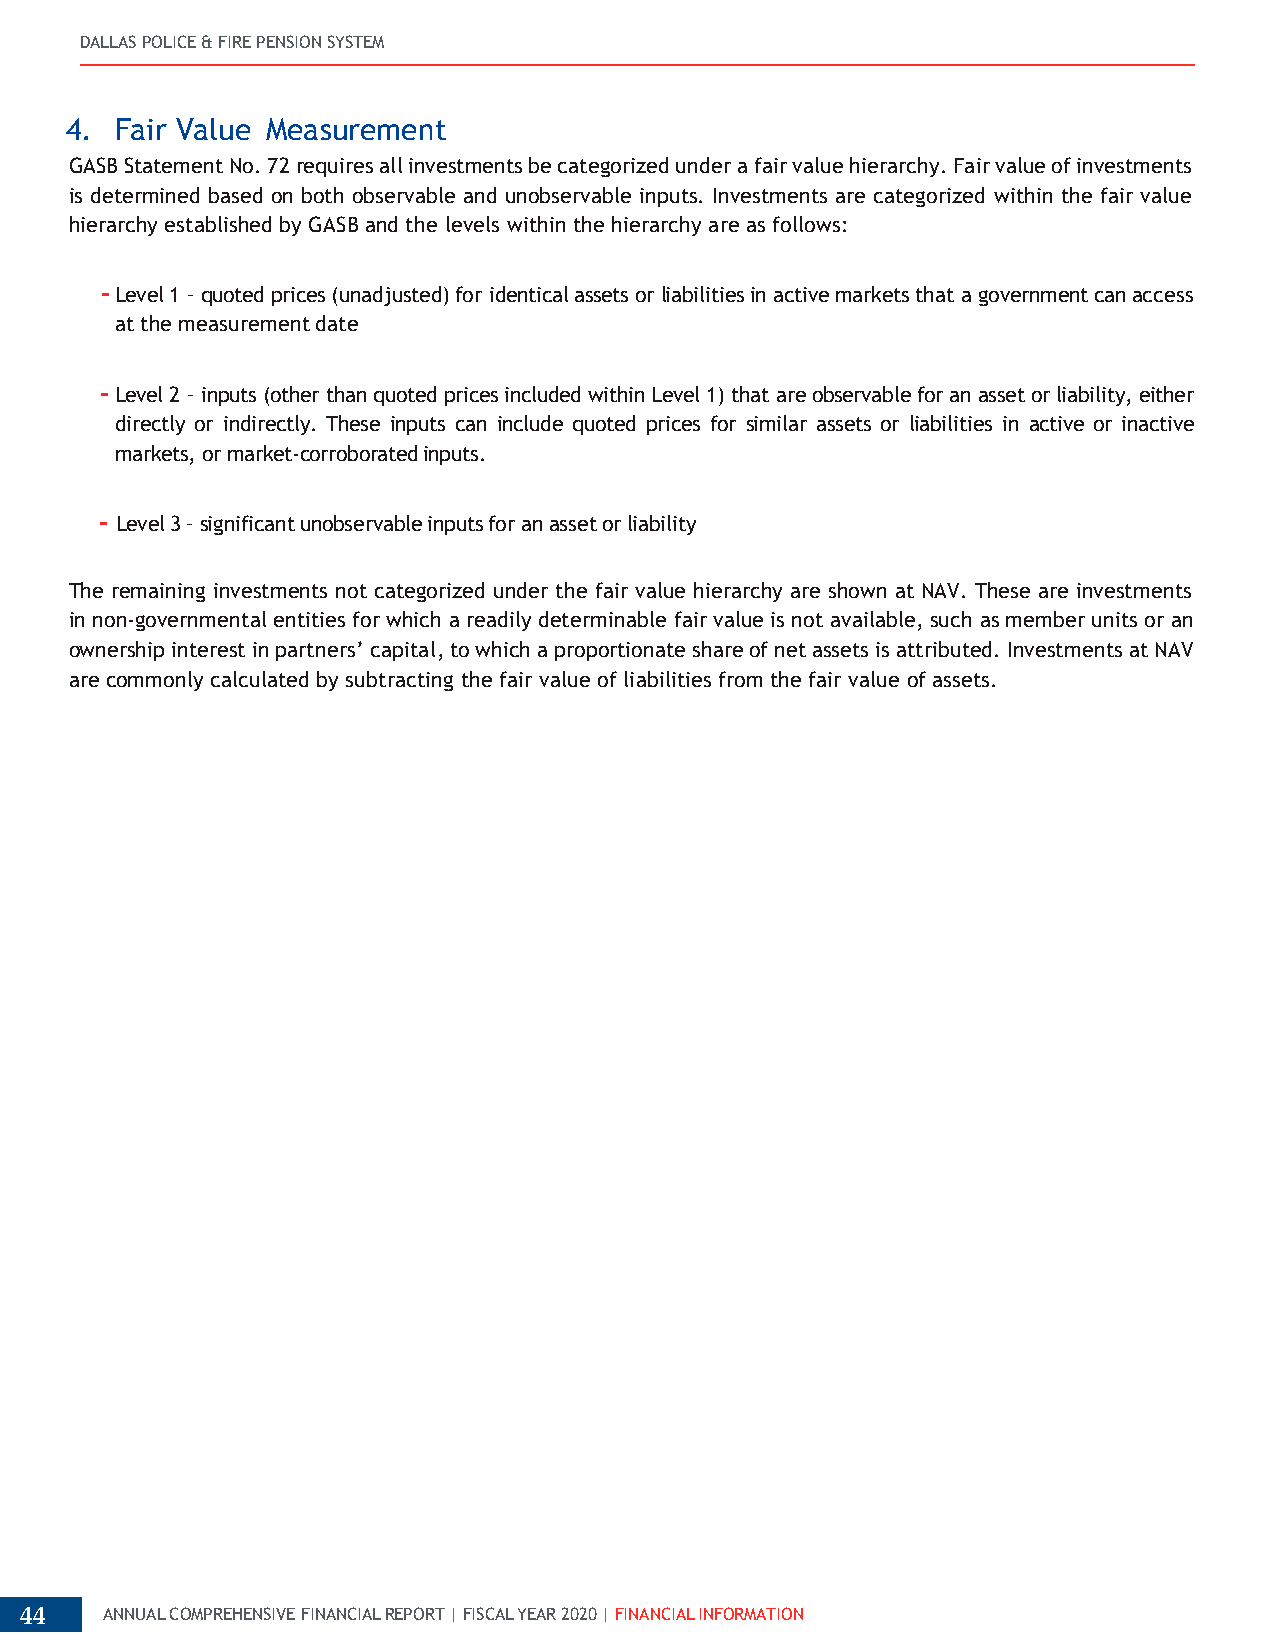
DALLAS POLICE & FIRE PENSION SYSTEM
 4.  Fair Value Measurement
 GASB Statement No. 72 requires all investments be categorized under a fair value hierarchy. Fair value of investments
 is determined based on both observable and unobservable inputs. Investments are categorized within the fair value
 hierarchy established by GASB and the levels within the hierarchy are as follows:
 - Level 1 – quoted prices (unadjusted) for identical assets or liabilities in active markets that a government can access
 at the measurement date
 - Level 2 – inputs (other than quoted prices included within Level 1) that are observable for an asset or liability, either
 directly or indirectly. These inputs can include quoted prices for similar assets or liabilities in active or inactive
 markets, or market-corroborated inputs.
 - Level 3 – significant unobservable inputs for an asset or liability
 The remaining investments not categorized under the fair value hierarchy are shown at NAV. These are investments
 in non-governmental entities for which a readily determinable fair value is not available, such as member units or an
 ownership interest in partners’ capital, to which a proportionate share of net assets is attributed. Investments at NAV
 are commonly calculated by subtracting the fair value of liabilities from the fair value of assets.
 44    ANNUAL COMPREHENSIVE FINANCIAL REPORT | FISCAL YEAR 2020 | FINANCIAL INFORMATION